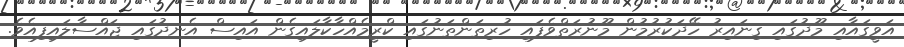
އަވީގައާއި މޫދުގައި ގިނައިރު ހޭދަކުރުމުން މޫނުރަތްވެފައި ހުރިތަންތަނުގައި ކްރީމެއްހާކާލައިގެން އައިސް އެނދުގައި ޖައްސާލައިފިއެވެ.